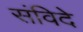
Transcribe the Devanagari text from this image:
संविदे